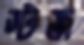
স্টজ